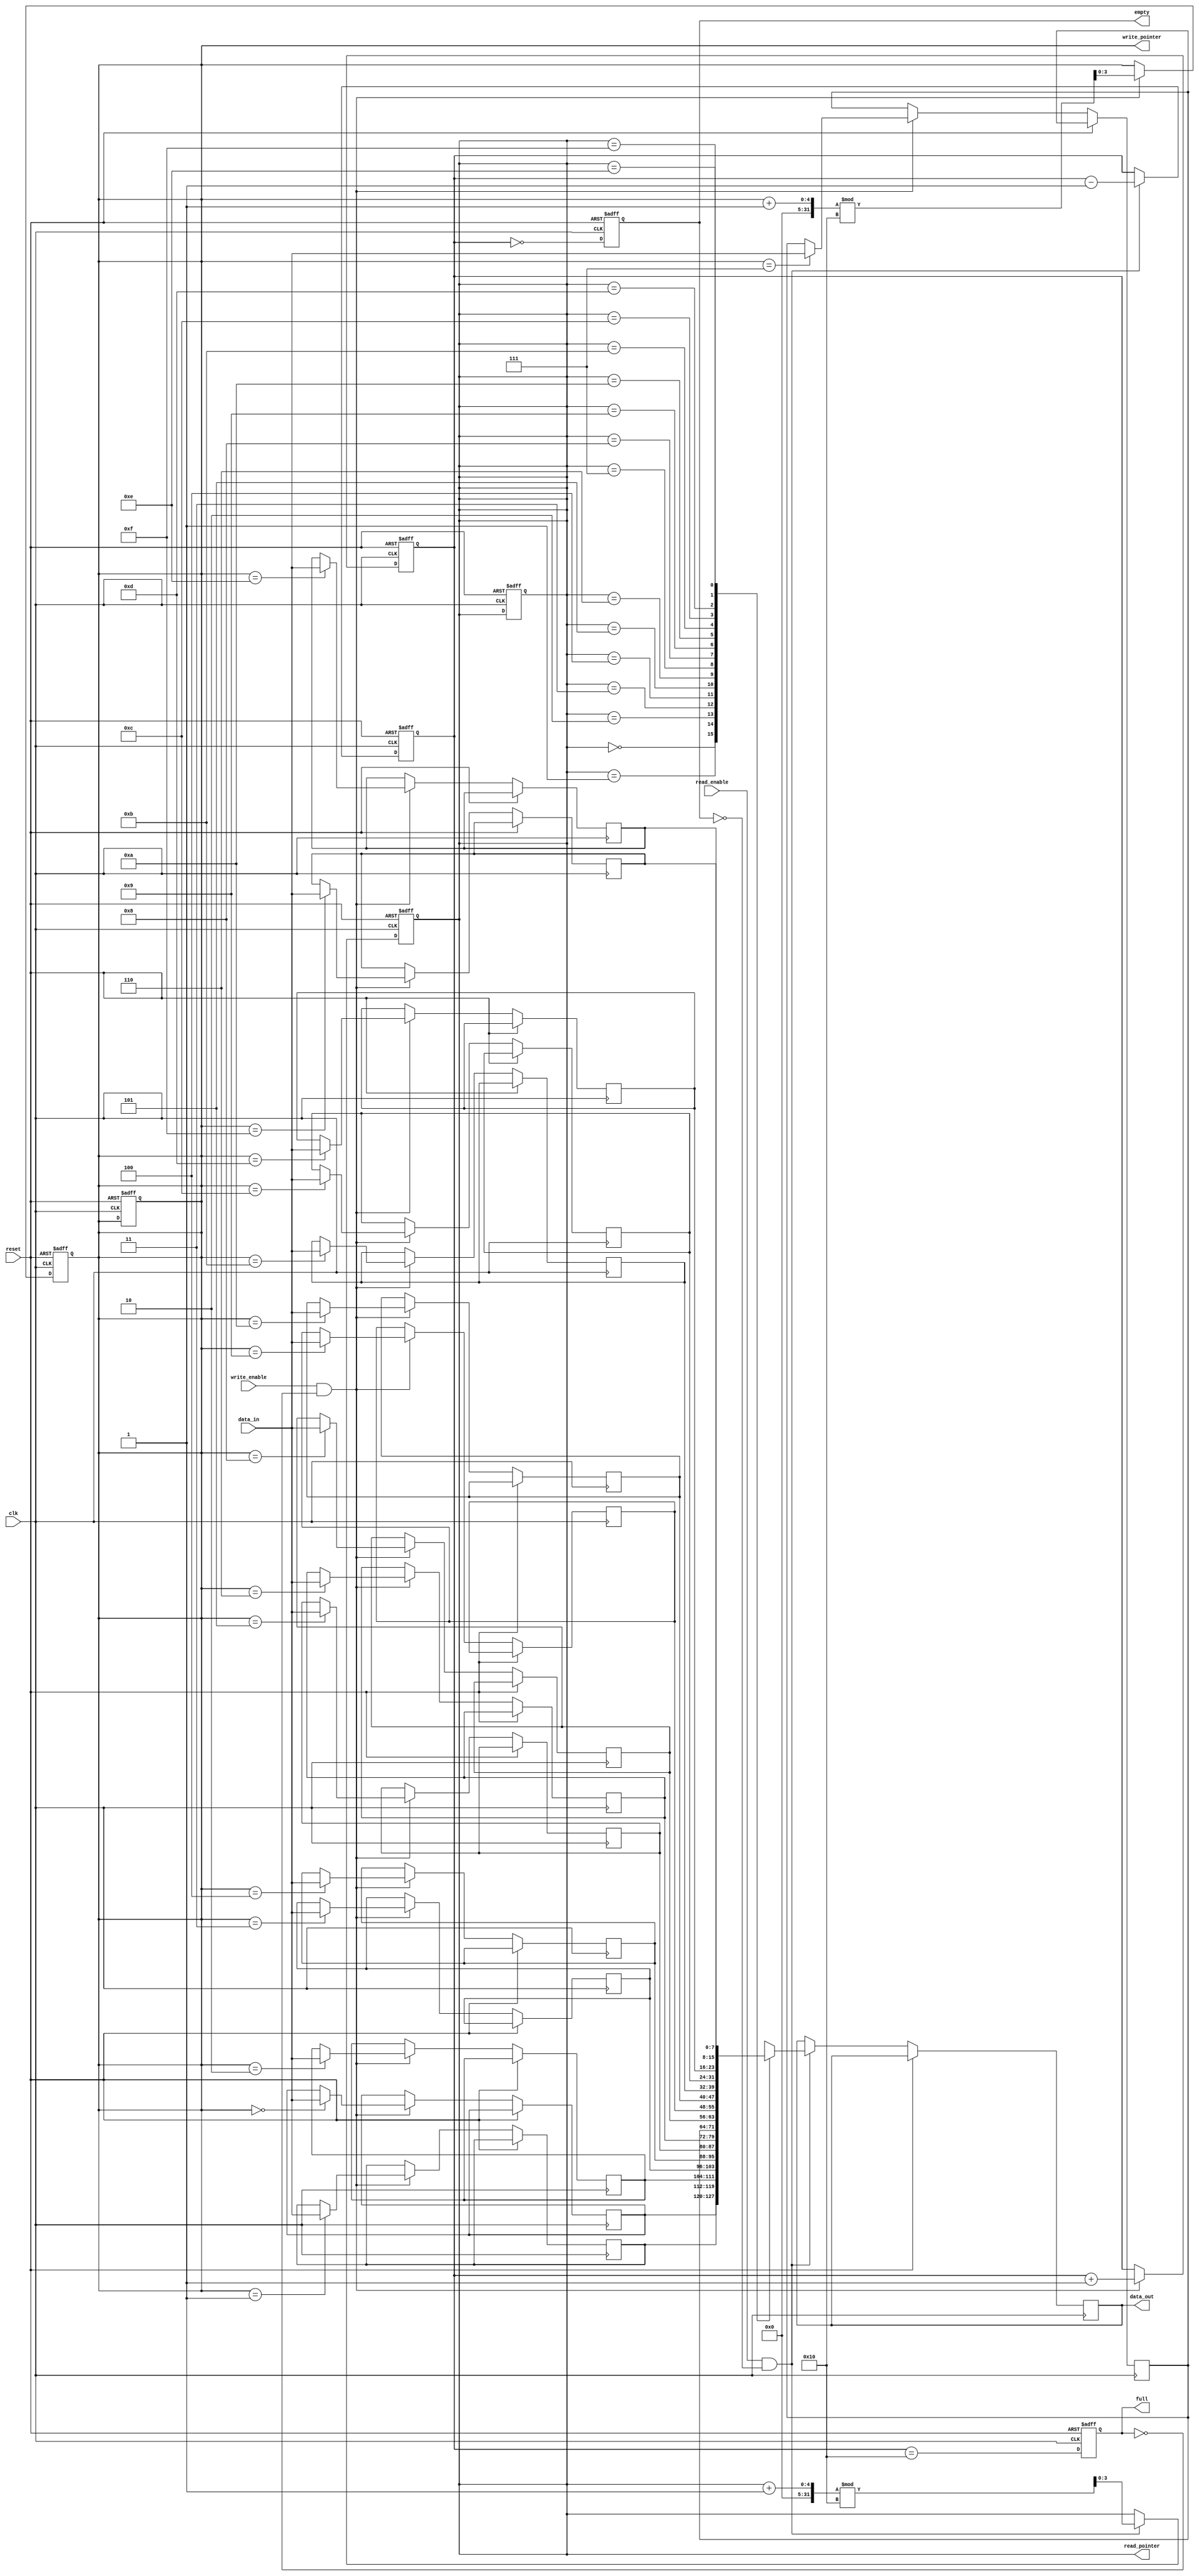
module parameterized_fifo #(
    parameter DATA_WIDTH = 8,        // Width of the data bus
    parameter FIFO_DEPTH = 16         // Total number of entries the FIFO can hold
) (
    input wire clk,                   // Clock signal
    input wire reset,                 // Active-high reset signal
    input wire [DATA_WIDTH-1:0] data_in, // Input data bus
    input wire write_enable,          // Write enable signal
    input wire read_enable,           // Read enable signal
    output reg [DATA_WIDTH-1:0] data_out, // Output data bus
    output reg full,                  // FIFO full status
    output reg empty,                 // FIFO empty status
    output reg [$clog2(FIFO_DEPTH)-1:0] write_pointer, // Write pointer
    output reg [$clog2(FIFO_DEPTH)-1:0] read_pointer   // Read pointer
);

    // Memory array to hold FIFO entries
    reg [DATA_WIDTH-1:0] fifo_memory [0:FIFO_DEPTH-1];
    reg [$clog2(FIFO_DEPTH):0] count; // Counter for the number of items in FIFO

    // Initial state
    initial begin
        write_pointer = 0;
        read_pointer = 0;
        count = 0;
        full = 0;
        empty = 1;
    end

    // Write operation
    always @(posedge clk or posedge reset) begin
        if (reset) begin
            write_pointer <= 0;
            read_pointer <= 0;
            count <= 0;
            full <= 0;
            empty <= 1;
        end else begin
            if (write_enable && !full) begin
                fifo_memory[write_pointer] <= data_in; // Write data
                write_pointer <= (write_pointer + 1) % FIFO_DEPTH; // Circular increment
                count <= count + 1;
            end
            
            // Update full and empty flags
            full <= (count == FIFO_DEPTH);
            empty <= (count == 0);
        end
    end

    // Read operation
    always @(posedge clk or posedge reset) begin
        if (reset) begin
            write_pointer <= 0;
            read_pointer <= 0;
            count <= 0;
            full <= 0;
            empty <= 1;
        end else begin
            if (read_enable && !empty) begin
                data_out <= fifo_memory[read_pointer]; // Read data
                read_pointer <= (read_pointer + 1) % FIFO_DEPTH; // Circular increment
                count <= count - 1;
            end
            
            // Update full and empty flags
            full <= (count == FIFO_DEPTH);
            empty <= (count == 0);
        end
    end
endmodule